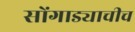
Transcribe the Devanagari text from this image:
सोंगाड्याचीच